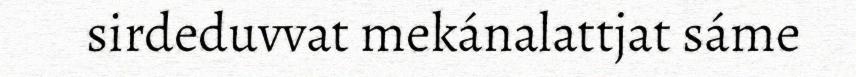
sirdeduvvat mekánalattjat sáme